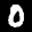
Label: 0